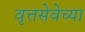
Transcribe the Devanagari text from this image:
वृत्तसेवेच्या